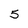
Character: 5